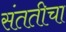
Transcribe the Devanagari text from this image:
संततीचा